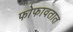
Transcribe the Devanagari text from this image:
फोफावतात